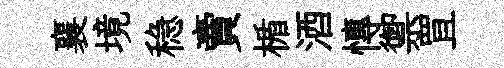
襄境稳賣楯酒慱禦罝